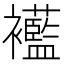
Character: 𧟋